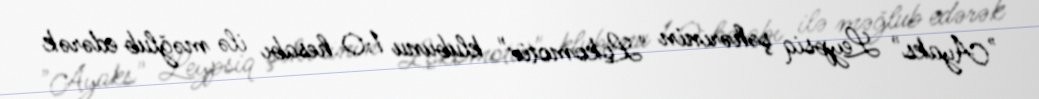
"Ayaks" Leypsiq şəhərinin "Lokomotiv" klubunu 1:0 hesabı ilə məğlub edərək